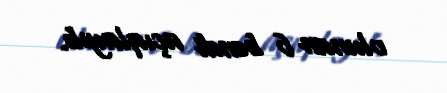
olunan 6 bəndi açıqlayıb.